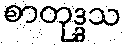
စာတုဒ္ဒသ